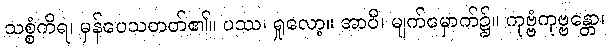
သစ္စံကိရ၊ မှန်ပေသတတ်၏။ ပဿ၊ ရှုလော့။ အာဝီ၊ မျက်မှောက်၌။ ကုဗ္ဗံကုဗ္ဗန္တော၊